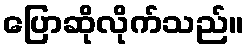
ပြောဆိုလိုက်သည်။